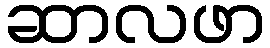
ဆာလဖာ